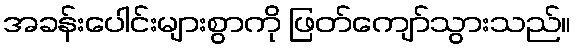
အခန်းပေါင်းများစွာကို ဖြတ်ကျော်သွားသည်။